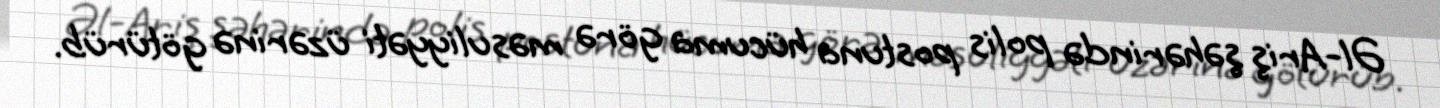
Əl-Ariş şəhərində polis postuna hücuma görə məsuliyyəti üzərinə götürüb.